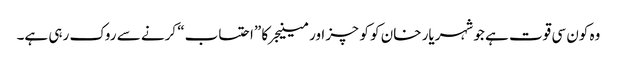
وہ کون سی قوت ہے جو شہریار خان کو کوچز اور مینیجر کا ”احتساب“ کرنے سے روک رہی ہے۔